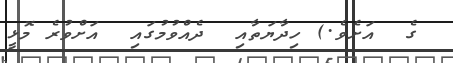
ގެ  އަށެވެ.) ހިދާޔަތާއި  ދެއްވުމުގައި  އަށްވުރެ މޮޅީ